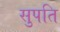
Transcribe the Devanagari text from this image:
सुपति